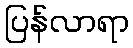
ပြန်လာရာ